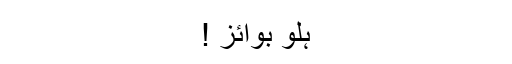
ہلو بوائز !